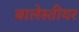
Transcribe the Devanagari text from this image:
बालेस्तीयर